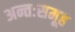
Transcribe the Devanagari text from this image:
अन्तःसमूह